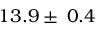
1 3 . 9 \pm \: 0 . 4